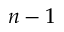
n - 1